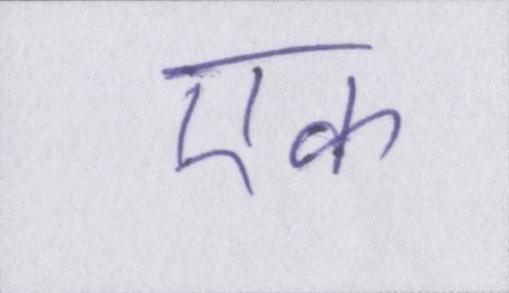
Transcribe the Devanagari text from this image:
एक